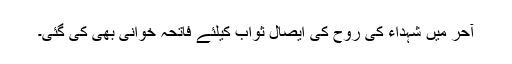
آحر میں شہداء کی روح کی ایصال ثواب کیلئے فاتحہ خوانی بھی کی گئی۔